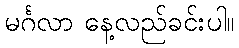
မင်္ဂလာ နေ့လည်ခင်းပါ။